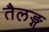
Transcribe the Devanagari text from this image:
तैलङ्ग